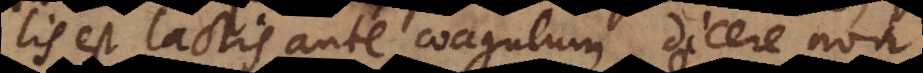
lis est lactis ante coagulum, dicere non